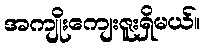
အကျိုးကျေးဇူးရှိမယ်။